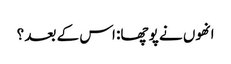
انھوں نے پوچھا: اس کے بعد ؟